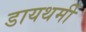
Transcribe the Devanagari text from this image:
डायथर्मी